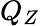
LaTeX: Q_{Z}